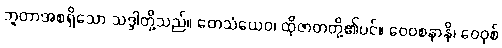
ဘူတာအစရှိသော သဒ္ဒါတို့သည်။ တေသံယေဝ၊ ထိုဇာတတို့၏ပင်။ ဝေဝစနာနိ၊ ဝေဝုစ်